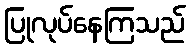
ပြုလုပ်နေကြသည်